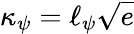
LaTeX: \kappa_{\psi}=\ell_{\psi}\sqrt{e}